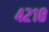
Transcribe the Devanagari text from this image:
४२१८